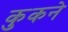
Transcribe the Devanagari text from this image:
कुकने